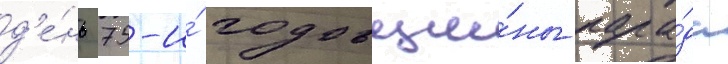
д'е́нь 75-и́ годовщи́ны пара́да